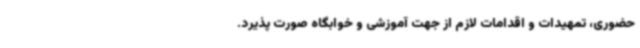
حضوری، تمهیدات و اقدامات لازم از جهت آموزشی و خوابگاه صورت پذیرد.